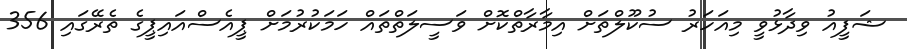
ޝަފީއު ވިދާޅުވީ މިއަހަރު ސުކޫލްތަށް އިމާރާތްކޮށް ވަސީލަތްތައް ހަމަކުރުމަށް ޕީއެސްއައިޕީގެ ތެރޭގައި 356